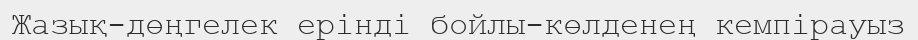
Жазық-дөңгелек ерінді бойлы-көлденең кемпірауыз